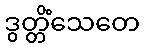
ဒွတ္တိံသေတေ